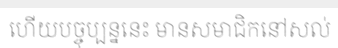
ហើយបច្ចុប្បន្ននេះ មានសមាជិកនៅសល់